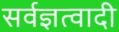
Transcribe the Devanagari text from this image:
सर्वज्ञत्वादी